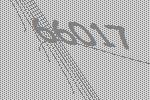
66017